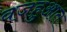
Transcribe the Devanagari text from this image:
वजहुआत